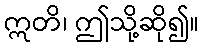
ဣတိ၊ ဤသို့ဆို၍။